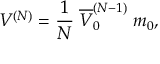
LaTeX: V ^ { ( N ) } = \frac { 1 } { N } \; \overline { { { V } } } _ { 0 } ^ { ( N - 1 ) } \; m _ { 0 } ,